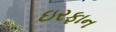
ઇરફાન